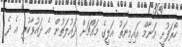
ހޯރަފުށީ މަނާމް އައިމިނަތު އަލީގެ މައްޗަށް ދައުލަތުން އެ ދައުވާކުރީ އެ ދެ